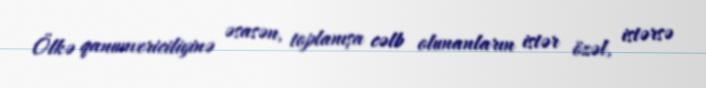
Ölkə qanunvericiliyinə əsasən, toplanışa cəlb olunanların istər özəl, istərsə